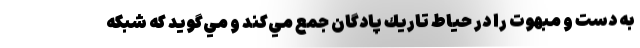
به دست و مبهوت را در حياط تاريك پادگان جمع مي‌كند و مي‌گويد كه شبكه